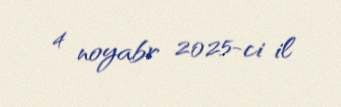
4 noyabr 2025-ci il